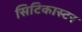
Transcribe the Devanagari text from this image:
सिटिकास्टर